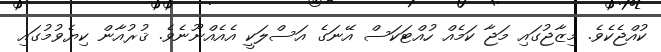
ކުއްޖެކެވެ. މިޒާޖުގައި މަޖާ ކަމެއް ހުއްޓަކަސް އޭނަގެ އަސްލަކީ އެއެއްނޫނެވެ. ޤުުރުުއާން ކިޔެވުމުގައި